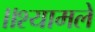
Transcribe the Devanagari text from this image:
॥श्यामले